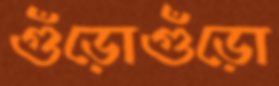
গুঁড়োগুঁড়ো